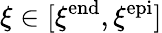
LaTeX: \xi\in[\xi^{\mathrm{end}},\xi^{\mathrm{epi}}]